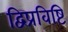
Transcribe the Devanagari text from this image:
द्विप्रविष्टि